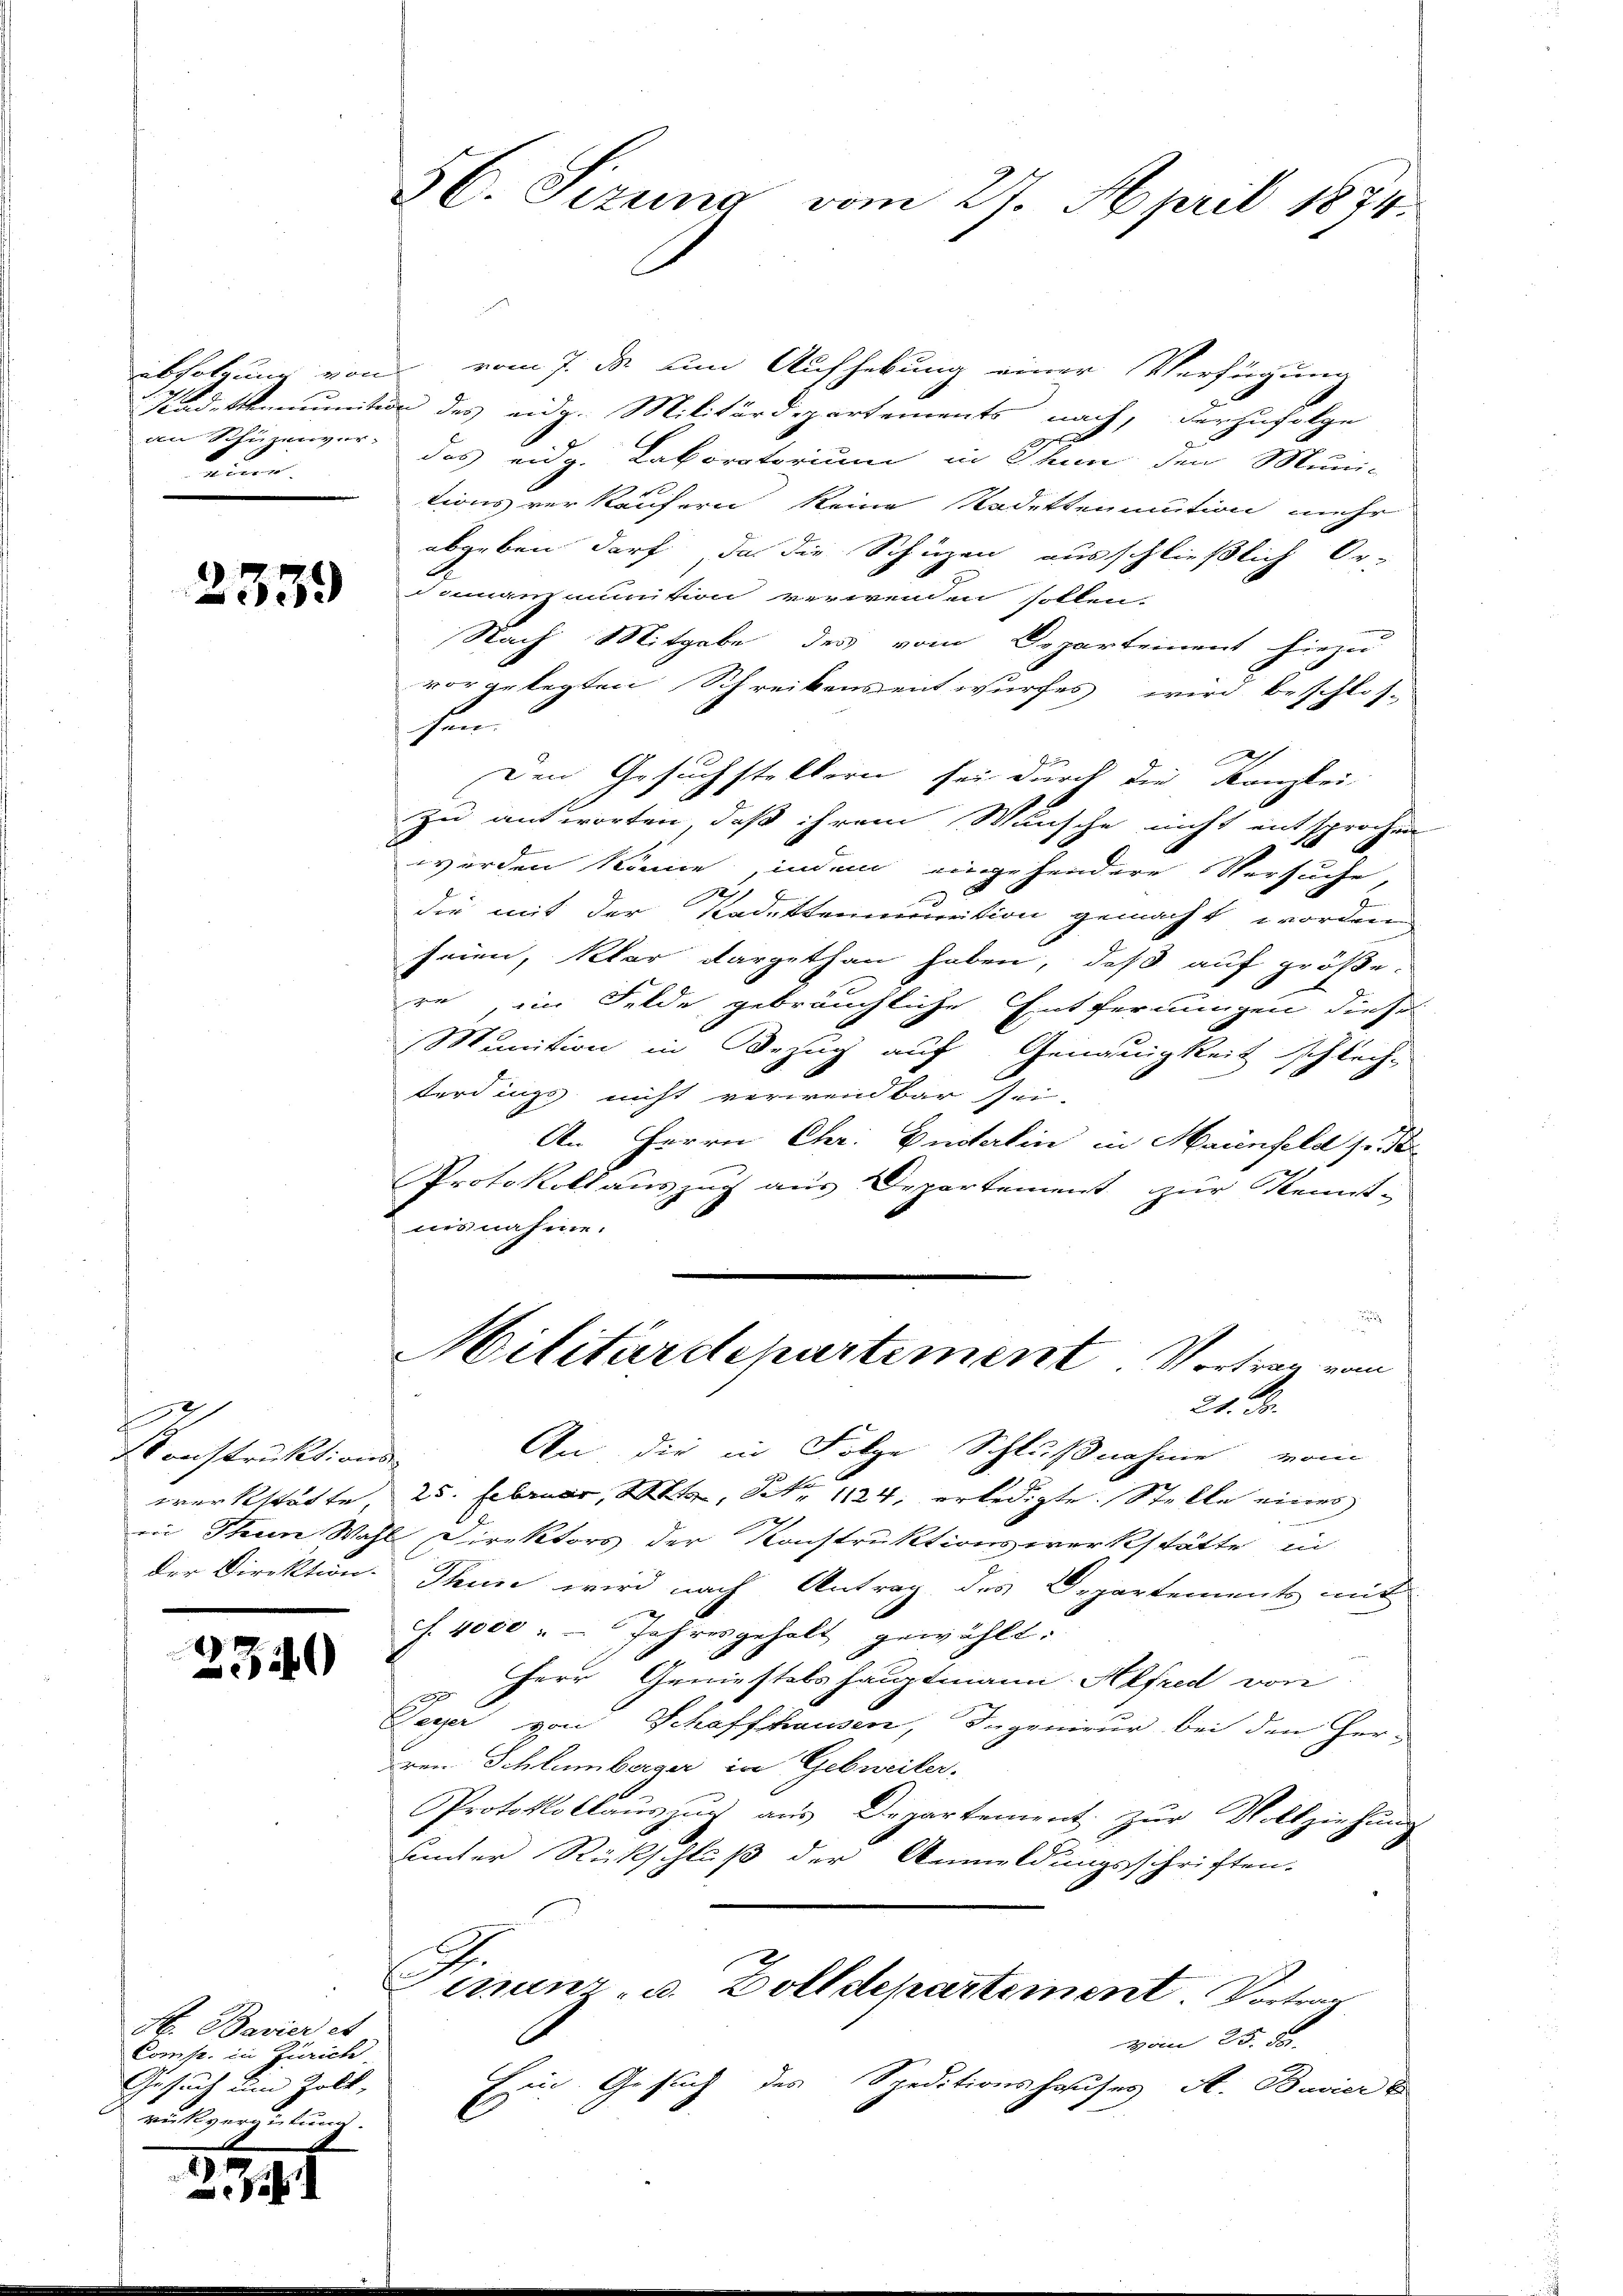
an Schüzenver-
keine

2339

e
Konstruktions

2340

H. Bavier et
Comp. in Zürich.
Gesuch um Zoll,
rukverziehung.

2141

56. Sizung vom 27. April 1874.

abholzung von vom 7. ds um Aufhebung einer Verfügung
Stadtmunition des eidg. Militärdepartements nach, derzufolge
das eidg. Laboratorium in Thun den Muni-
tionsverkäufern keine Radettenmution mehr
abgeben darf, da die Schüzen ausschließlich Or-
dinanzmunition verwenden sollen.
Nach Mitgabe des vom Departement hiezu
vor gelegten Schreibens entwurfes wird beschlos-
hen.
Den Gesuchstellern sei durch die Kanzlei-
zu antworten, daß ihrem Wunsche nicht entsprochen
werden könne, indem eingehendere Versuche,
.
1907.
t
die mit der Kadettenmunition gemacht worden
seien, klar dargethan haben, daß auf größere, im Felde gebräuchliche Entfernungen dieses
Munition in Bezug auf Genauigkeit schlech-
terdings nicht verwendbar sei-
An Herrn Chr. Vitalin in Maienfeld s. S
Protokollauszug aus Departement zur Kennt-
nisnahme.
Militärdepartement Vortrag vom
21. d.
An die in Folge Schlußnahme vom
werkstatte, 25. Februar, 1, S. 1124, erledigte Stelle eines
in Thein Wahl Direktors der Konstruktionswerkstätte in
der Direktion. Thun wird nach Antrag des Departements mit
S. 4000 " Jahresgeholt gewählt:
 Herr Geniestals Hauptmann. Alfred von
Weyer von Schaffhausen, Ingenieur bei den Her-
ren Schlumberger in Gebreiter,
Protokollauszug aus Departement zur Vollziehung
ämter Rückschluß der Anmeldungsschriften.
Finanz- u. Zolldepartement. Vortrag
vom 25. 55
Ein Gesuch des Speditionshauses A. Bavier